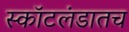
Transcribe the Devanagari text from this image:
स्कॉटलंडातच